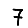
Digit: 7